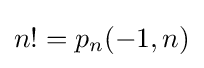
n!=p_{n}(-1,n)